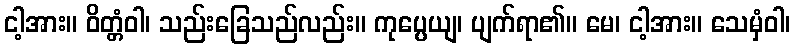
ငါ့အား။ ဝိတ္တံဝါ၊ သည်းခြေသည်လည်း။ ကုပ္ပေယျ၊ ပျက်ရာ၏။ မေ၊ ငါ့အား။ သေမှံဝါ၊